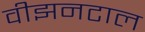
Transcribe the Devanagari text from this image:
वीझनटाल